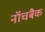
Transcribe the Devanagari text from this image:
नॉचबैक